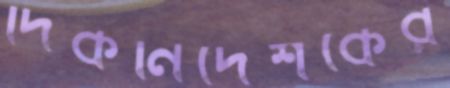
দিকনির্দেশকের